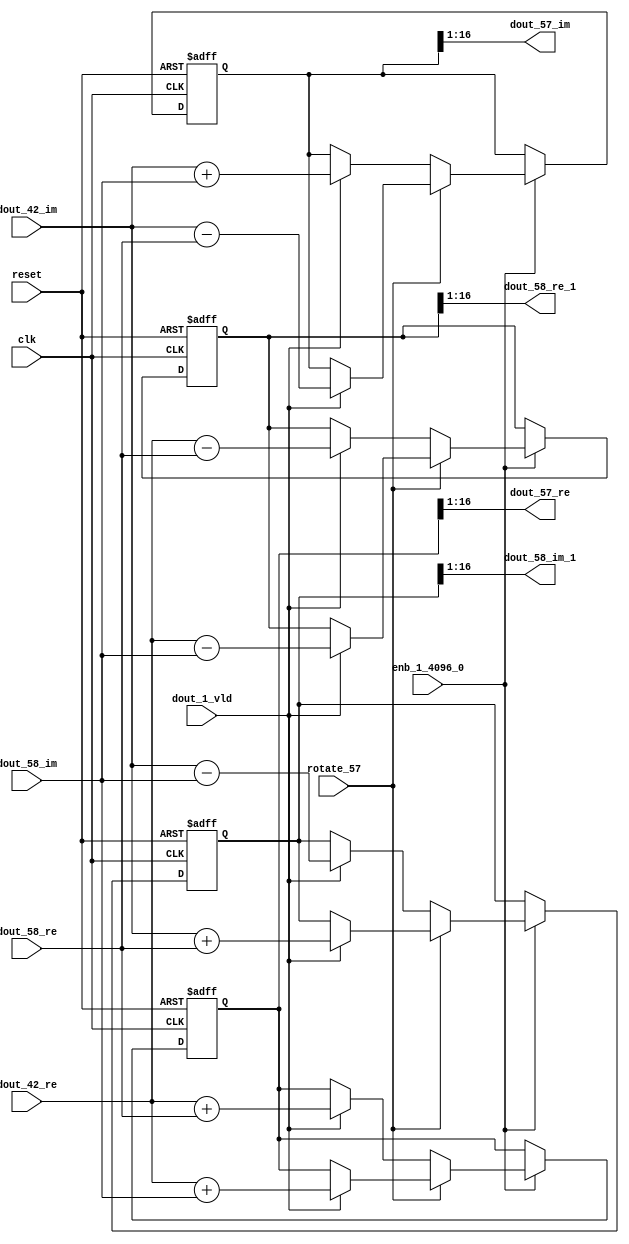
// -------------------------------------------------------------
// 
// 
// Generated by MATLAB 9.14 and HDL Coder 4.1
// 
// -------------------------------------------------------------


// -------------------------------------------------------------
// 
// Module: RADIX22FFT_SDNF2_4_block27
// Source Path: dsphdl.IFFT/RADIX22FFT_SDNF2_4
// Hierarchy Level: 4
// 
// -------------------------------------------------------------

`timescale 1 ns / 1 ns

module RADIX22FFT_SDNF2_4_block27
          (clk,
           reset,
           enb_1_4096_0,
           rotate_57,
           dout_42_re,
           dout_42_im,
           dout_58_re,
           dout_58_im,
           dout_1_vld,
           dout_57_re,
           dout_57_im,
           dout_58_re_1,
           dout_58_im_1);


  input   clk;
  input   reset;
  input   enb_1_4096_0;
  input   rotate_57;  // ufix1
  input   signed [15:0] dout_42_re;  // sfix16_En14
  input   signed [15:0] dout_42_im;  // sfix16_En14
  input   signed [15:0] dout_58_re;  // sfix16_En14
  input   signed [15:0] dout_58_im;  // sfix16_En14
  input   dout_1_vld;
  output  signed [15:0] dout_57_re;  // sfix16_En14
  output  signed [15:0] dout_57_im;  // sfix16_En14
  output  signed [15:0] dout_58_re_1;  // sfix16_En14
  output  signed [15:0] dout_58_im_1;  // sfix16_En14


  reg  Radix22ButterflyG2_NF_din_vld_dly;
  reg signed [16:0] Radix22ButterflyG2_NF_btf1_re_reg;  // sfix17
  reg signed [16:0] Radix22ButterflyG2_NF_btf1_im_reg;  // sfix17
  reg signed [16:0] Radix22ButterflyG2_NF_btf2_re_reg;  // sfix17
  reg signed [16:0] Radix22ButterflyG2_NF_btf2_im_reg;  // sfix17
  reg  Radix22ButterflyG2_NF_din_vld_dly_next;
  reg signed [16:0] Radix22ButterflyG2_NF_btf1_re_reg_next;  // sfix17_En14
  reg signed [16:0] Radix22ButterflyG2_NF_btf1_im_reg_next;  // sfix17_En14
  reg signed [16:0] Radix22ButterflyG2_NF_btf2_re_reg_next;  // sfix17_En14
  reg signed [16:0] Radix22ButterflyG2_NF_btf2_im_reg_next;  // sfix17_En14
  reg signed [15:0] dout_57_re_1;  // sfix16_En14
  reg signed [15:0] dout_57_im_1;  // sfix16_En14
  reg signed [15:0] dout_58_re_2;  // sfix16_En14
  reg signed [15:0] dout_58_im_2;  // sfix16_En14
  reg  dout_4_vld;
  reg signed [16:0] Radix22ButterflyG2_NF_add_cast;  // sfix17_En14
  reg signed [16:0] Radix22ButterflyG2_NF_add_cast_0;  // sfix17_En14
  reg signed [16:0] Radix22ButterflyG2_NF_add_cast_1;  // sfix17_En14
  reg signed [16:0] Radix22ButterflyG2_NF_add_cast_2;  // sfix17_En14
  reg signed [16:0] Radix22ButterflyG2_NF_sub_cast;  // sfix17_En14
  reg signed [16:0] Radix22ButterflyG2_NF_sub_cast_0;  // sfix17_En14
  reg signed [16:0] Radix22ButterflyG2_NF_sub_cast_1;  // sfix17_En14
  reg signed [16:0] Radix22ButterflyG2_NF_sub_cast_2;  // sfix17_En14
  reg signed [16:0] Radix22ButterflyG2_NF_sra_temp;  // sfix17_En14
  reg signed [16:0] Radix22ButterflyG2_NF_add_cast_3;  // sfix17_En14
  reg signed [16:0] Radix22ButterflyG2_NF_add_cast_4;  // sfix17_En14
  reg signed [16:0] Radix22ButterflyG2_NF_add_cast_5;  // sfix17_En14
  reg signed [16:0] Radix22ButterflyG2_NF_add_cast_6;  // sfix17_En14
  reg signed [16:0] Radix22ButterflyG2_NF_sra_temp_0;  // sfix17_En14
  reg signed [16:0] Radix22ButterflyG2_NF_sub_cast_3;  // sfix17_En14
  reg signed [16:0] Radix22ButterflyG2_NF_sub_cast_4;  // sfix17_En14
  reg signed [16:0] Radix22ButterflyG2_NF_sub_cast_5;  // sfix17_En14
  reg signed [16:0] Radix22ButterflyG2_NF_sub_cast_6;  // sfix17_En14
  reg signed [16:0] Radix22ButterflyG2_NF_sra_temp_1;  // sfix17_En14
  reg signed [16:0] Radix22ButterflyG2_NF_sra_temp_2;  // sfix17_En14


  // Radix22ButterflyG2_NF
  always @(posedge clk or posedge reset)
    begin : Radix22ButterflyG2_NF_process
      if (reset == 1'b1) begin
        Radix22ButterflyG2_NF_din_vld_dly <= 1'b0;
        Radix22ButterflyG2_NF_btf1_re_reg <= 17'sb00000000000000000;
        Radix22ButterflyG2_NF_btf1_im_reg <= 17'sb00000000000000000;
        Radix22ButterflyG2_NF_btf2_re_reg <= 17'sb00000000000000000;
        Radix22ButterflyG2_NF_btf2_im_reg <= 17'sb00000000000000000;
      end
      else begin
        if (enb_1_4096_0) begin
          Radix22ButterflyG2_NF_din_vld_dly <= Radix22ButterflyG2_NF_din_vld_dly_next;
          Radix22ButterflyG2_NF_btf1_re_reg <= Radix22ButterflyG2_NF_btf1_re_reg_next;
          Radix22ButterflyG2_NF_btf1_im_reg <= Radix22ButterflyG2_NF_btf1_im_reg_next;
          Radix22ButterflyG2_NF_btf2_re_reg <= Radix22ButterflyG2_NF_btf2_re_reg_next;
          Radix22ButterflyG2_NF_btf2_im_reg <= Radix22ButterflyG2_NF_btf2_im_reg_next;
        end
      end
    end

  always @(Radix22ButterflyG2_NF_btf1_im_reg, Radix22ButterflyG2_NF_btf1_re_reg,
       Radix22ButterflyG2_NF_btf2_im_reg, Radix22ButterflyG2_NF_btf2_re_reg,
       Radix22ButterflyG2_NF_din_vld_dly, dout_1_vld, dout_42_im, dout_42_re,
       dout_58_im, dout_58_re, rotate_57) begin
    Radix22ButterflyG2_NF_add_cast_1 = 17'sb00000000000000000;
    Radix22ButterflyG2_NF_add_cast_2 = 17'sb00000000000000000;
    Radix22ButterflyG2_NF_sub_cast_1 = 17'sb00000000000000000;
    Radix22ButterflyG2_NF_sub_cast_2 = 17'sb00000000000000000;
    Radix22ButterflyG2_NF_add_cast_5 = 17'sb00000000000000000;
    Radix22ButterflyG2_NF_add_cast_6 = 17'sb00000000000000000;
    Radix22ButterflyG2_NF_sub_cast_5 = 17'sb00000000000000000;
    Radix22ButterflyG2_NF_sub_cast_6 = 17'sb00000000000000000;
    Radix22ButterflyG2_NF_add_cast = 17'sb00000000000000000;
    Radix22ButterflyG2_NF_add_cast_0 = 17'sb00000000000000000;
    Radix22ButterflyG2_NF_sub_cast = 17'sb00000000000000000;
    Radix22ButterflyG2_NF_sub_cast_0 = 17'sb00000000000000000;
    Radix22ButterflyG2_NF_add_cast_3 = 17'sb00000000000000000;
    Radix22ButterflyG2_NF_add_cast_4 = 17'sb00000000000000000;
    Radix22ButterflyG2_NF_sub_cast_3 = 17'sb00000000000000000;
    Radix22ButterflyG2_NF_sub_cast_4 = 17'sb00000000000000000;
    Radix22ButterflyG2_NF_btf1_re_reg_next = Radix22ButterflyG2_NF_btf1_re_reg;
    Radix22ButterflyG2_NF_btf1_im_reg_next = Radix22ButterflyG2_NF_btf1_im_reg;
    Radix22ButterflyG2_NF_btf2_re_reg_next = Radix22ButterflyG2_NF_btf2_re_reg;
    Radix22ButterflyG2_NF_btf2_im_reg_next = Radix22ButterflyG2_NF_btf2_im_reg;
    Radix22ButterflyG2_NF_din_vld_dly_next = dout_1_vld;
    if (rotate_57 != 1'b0) begin
      if (dout_1_vld) begin
        Radix22ButterflyG2_NF_add_cast_1 = {dout_42_re[15], dout_42_re};
        Radix22ButterflyG2_NF_add_cast_2 = {dout_58_im[15], dout_58_im};
        Radix22ButterflyG2_NF_btf1_re_reg_next = Radix22ButterflyG2_NF_add_cast_1 + Radix22ButterflyG2_NF_add_cast_2;
        Radix22ButterflyG2_NF_sub_cast_1 = {dout_42_re[15], dout_42_re};
        Radix22ButterflyG2_NF_sub_cast_2 = {dout_58_im[15], dout_58_im};
        Radix22ButterflyG2_NF_btf2_re_reg_next = Radix22ButterflyG2_NF_sub_cast_1 - Radix22ButterflyG2_NF_sub_cast_2;
        Radix22ButterflyG2_NF_add_cast_5 = {dout_42_im[15], dout_42_im};
        Radix22ButterflyG2_NF_add_cast_6 = {dout_58_re[15], dout_58_re};
        Radix22ButterflyG2_NF_btf2_im_reg_next = Radix22ButterflyG2_NF_add_cast_5 + Radix22ButterflyG2_NF_add_cast_6;
        Radix22ButterflyG2_NF_sub_cast_5 = {dout_42_im[15], dout_42_im};
        Radix22ButterflyG2_NF_sub_cast_6 = {dout_58_re[15], dout_58_re};
        Radix22ButterflyG2_NF_btf1_im_reg_next = Radix22ButterflyG2_NF_sub_cast_5 - Radix22ButterflyG2_NF_sub_cast_6;
      end
    end
    else if (dout_1_vld) begin
      Radix22ButterflyG2_NF_add_cast = {dout_42_re[15], dout_42_re};
      Radix22ButterflyG2_NF_add_cast_0 = {dout_58_re[15], dout_58_re};
      Radix22ButterflyG2_NF_btf1_re_reg_next = Radix22ButterflyG2_NF_add_cast + Radix22ButterflyG2_NF_add_cast_0;
      Radix22ButterflyG2_NF_sub_cast = {dout_42_re[15], dout_42_re};
      Radix22ButterflyG2_NF_sub_cast_0 = {dout_58_re[15], dout_58_re};
      Radix22ButterflyG2_NF_btf2_re_reg_next = Radix22ButterflyG2_NF_sub_cast - Radix22ButterflyG2_NF_sub_cast_0;
      Radix22ButterflyG2_NF_add_cast_3 = {dout_42_im[15], dout_42_im};
      Radix22ButterflyG2_NF_add_cast_4 = {dout_58_im[15], dout_58_im};
      Radix22ButterflyG2_NF_btf1_im_reg_next = Radix22ButterflyG2_NF_add_cast_3 + Radix22ButterflyG2_NF_add_cast_4;
      Radix22ButterflyG2_NF_sub_cast_3 = {dout_42_im[15], dout_42_im};
      Radix22ButterflyG2_NF_sub_cast_4 = {dout_58_im[15], dout_58_im};
      Radix22ButterflyG2_NF_btf2_im_reg_next = Radix22ButterflyG2_NF_sub_cast_3 - Radix22ButterflyG2_NF_sub_cast_4;
    end
    Radix22ButterflyG2_NF_sra_temp = Radix22ButterflyG2_NF_btf1_re_reg >>> 8'd1;
    dout_57_re_1 = Radix22ButterflyG2_NF_sra_temp[15:0];
    Radix22ButterflyG2_NF_sra_temp_0 = Radix22ButterflyG2_NF_btf1_im_reg >>> 8'd1;
    dout_57_im_1 = Radix22ButterflyG2_NF_sra_temp_0[15:0];
    Radix22ButterflyG2_NF_sra_temp_1 = Radix22ButterflyG2_NF_btf2_re_reg >>> 8'd1;
    dout_58_re_2 = Radix22ButterflyG2_NF_sra_temp_1[15:0];
    Radix22ButterflyG2_NF_sra_temp_2 = Radix22ButterflyG2_NF_btf2_im_reg >>> 8'd1;
    dout_58_im_2 = Radix22ButterflyG2_NF_sra_temp_2[15:0];
    dout_4_vld = Radix22ButterflyG2_NF_din_vld_dly;
  end



  assign dout_57_re = dout_57_re_1;

  assign dout_57_im = dout_57_im_1;

  assign dout_58_re_1 = dout_58_re_2;

  assign dout_58_im_1 = dout_58_im_2;

endmodule  // RADIX22FFT_SDNF2_4_block27